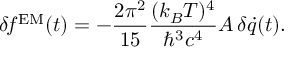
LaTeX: \delta \! f ^ { \mathrm { E M } } ( t ) = - { \frac { 2 \pi ^ { 2 } } { 1 5 } } { \frac { ( k _ { B } T ) ^ { 4 } } { \hbar ^ { 3 } c ^ { 4 } } } A \, \delta \dot { q } ( t ) .